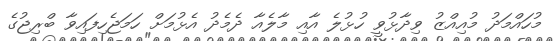
މުހައްމަދު މުއިއްޒު ވިދާޅުވީ ހުޅުލެ އާއި މާލެއާ ދެމެދު އެޅުމަށް ހަމަޖެހިފައިވާ ބްރިޖުގެ